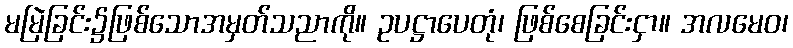
မမြဲခြင်း၌ဖြစ်သောအမှတ်သညာကို။ ဥပဋ္ဌာပေတုံ၊ ဖြစ်စေခြင်းငှာ။ အလမေဝ၊